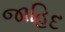
જાહિદ